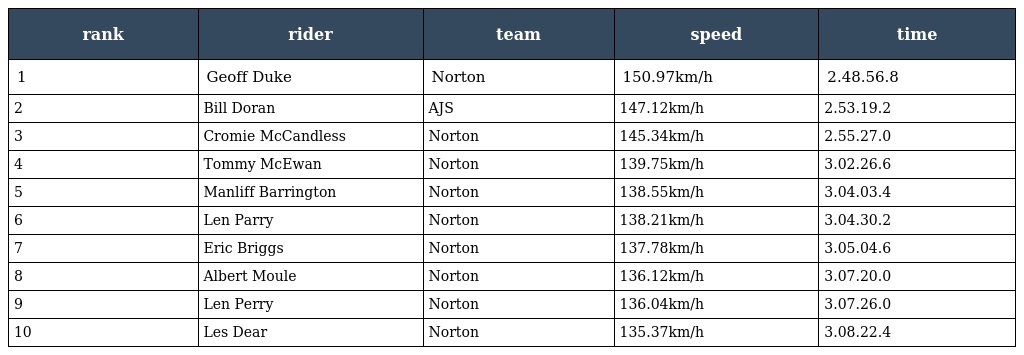
| rank | rider | team | speed | time |
 | --- | --- | --- | --- | --- |
 | 1 | Geoff Duke | Norton | 150.97km/h | 2.48.56.8 |
 | 2 | Bill Doran | AJS | 147.12km/h | 2.53.19.2 |
 | 3 | Cromie McCandless | Norton | 145.34km/h | 2.55.27.0 |
 | 4 | Tommy McEwan | Norton | 139.75km/h | 3.02.26.6 |
 | 5 | Manliff Barrington | Norton | 138.55km/h | 3.04.03.4 |
 | 6 | Len Parry | Norton | 138.21km/h | 3.04.30.2 |
 | 7 | Eric Briggs | Norton | 137.78km/h | 3.05.04.6 |
 | 8 | Albert Moule | Norton | 136.12km/h | 3.07.20.0 |
 | 9 | Len Perry | Norton | 136.04km/h | 3.07.26.0 |
 | 10 | Les Dear | Norton | 135.37km/h | 3.08.22.4 |